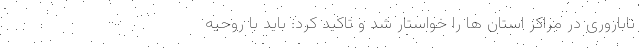
ناباروری در مراکز استان ها را خواستار شد و تاکید کرد: باید با روحیه